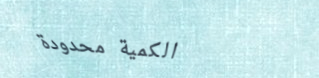
الكمية محدودة